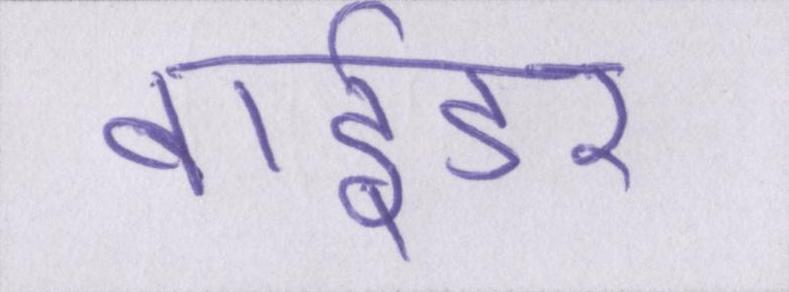
बाईडर